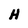
Character: H